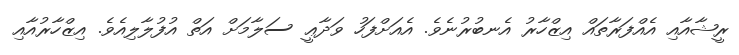
ރީޝާއާއި އެއްފަރާތަައް އިޒްހާރު އެނބުރުނެވެ. އެއަށްފަހު ވަދާޢީީ ސަލާމަށް އަތް އުފުލާލިއެވެ. އިޒްހާރުއާއި